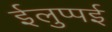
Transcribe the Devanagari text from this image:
ईलुप्पई